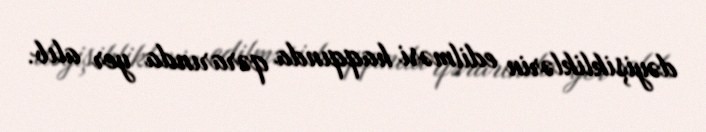
dəyişikliklərin edilməsi haqqında qərarında yer alıb.